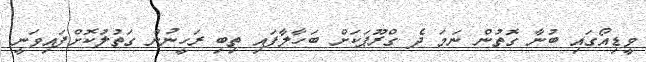
ވީޑިއޯގައި ބުނާ ގޮތުން ނަމަ ދެ ގްރޫޕަކަށް ބަހާލާފައި ތިބި ރަހީނުން ގަތުލުކޮށްފައިވަނީ